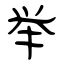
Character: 举